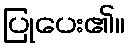
ပြုပေး၏။